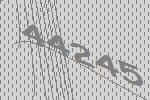
44245